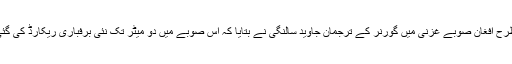
اسی طرح افغان صوبے غزنی میں گورنر کے ترجمان جاوید سالنگی نے بتایا کہ اس صوبے میں دو میٹر تک نئی برفباری ریکارڈ کی گئی ہے۔